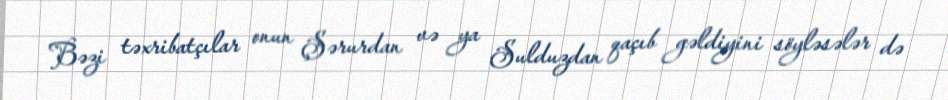
Bəzi təxribatçılar onun Şərurdan və ya Sulduzdan qaçıb gəldiyini söyləsələr də